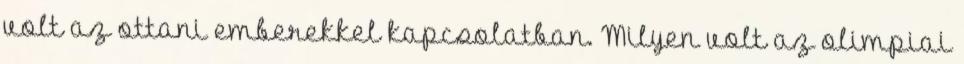
volt az ottani emberekkel kapcsolatban. Milyen volt az olimpiai